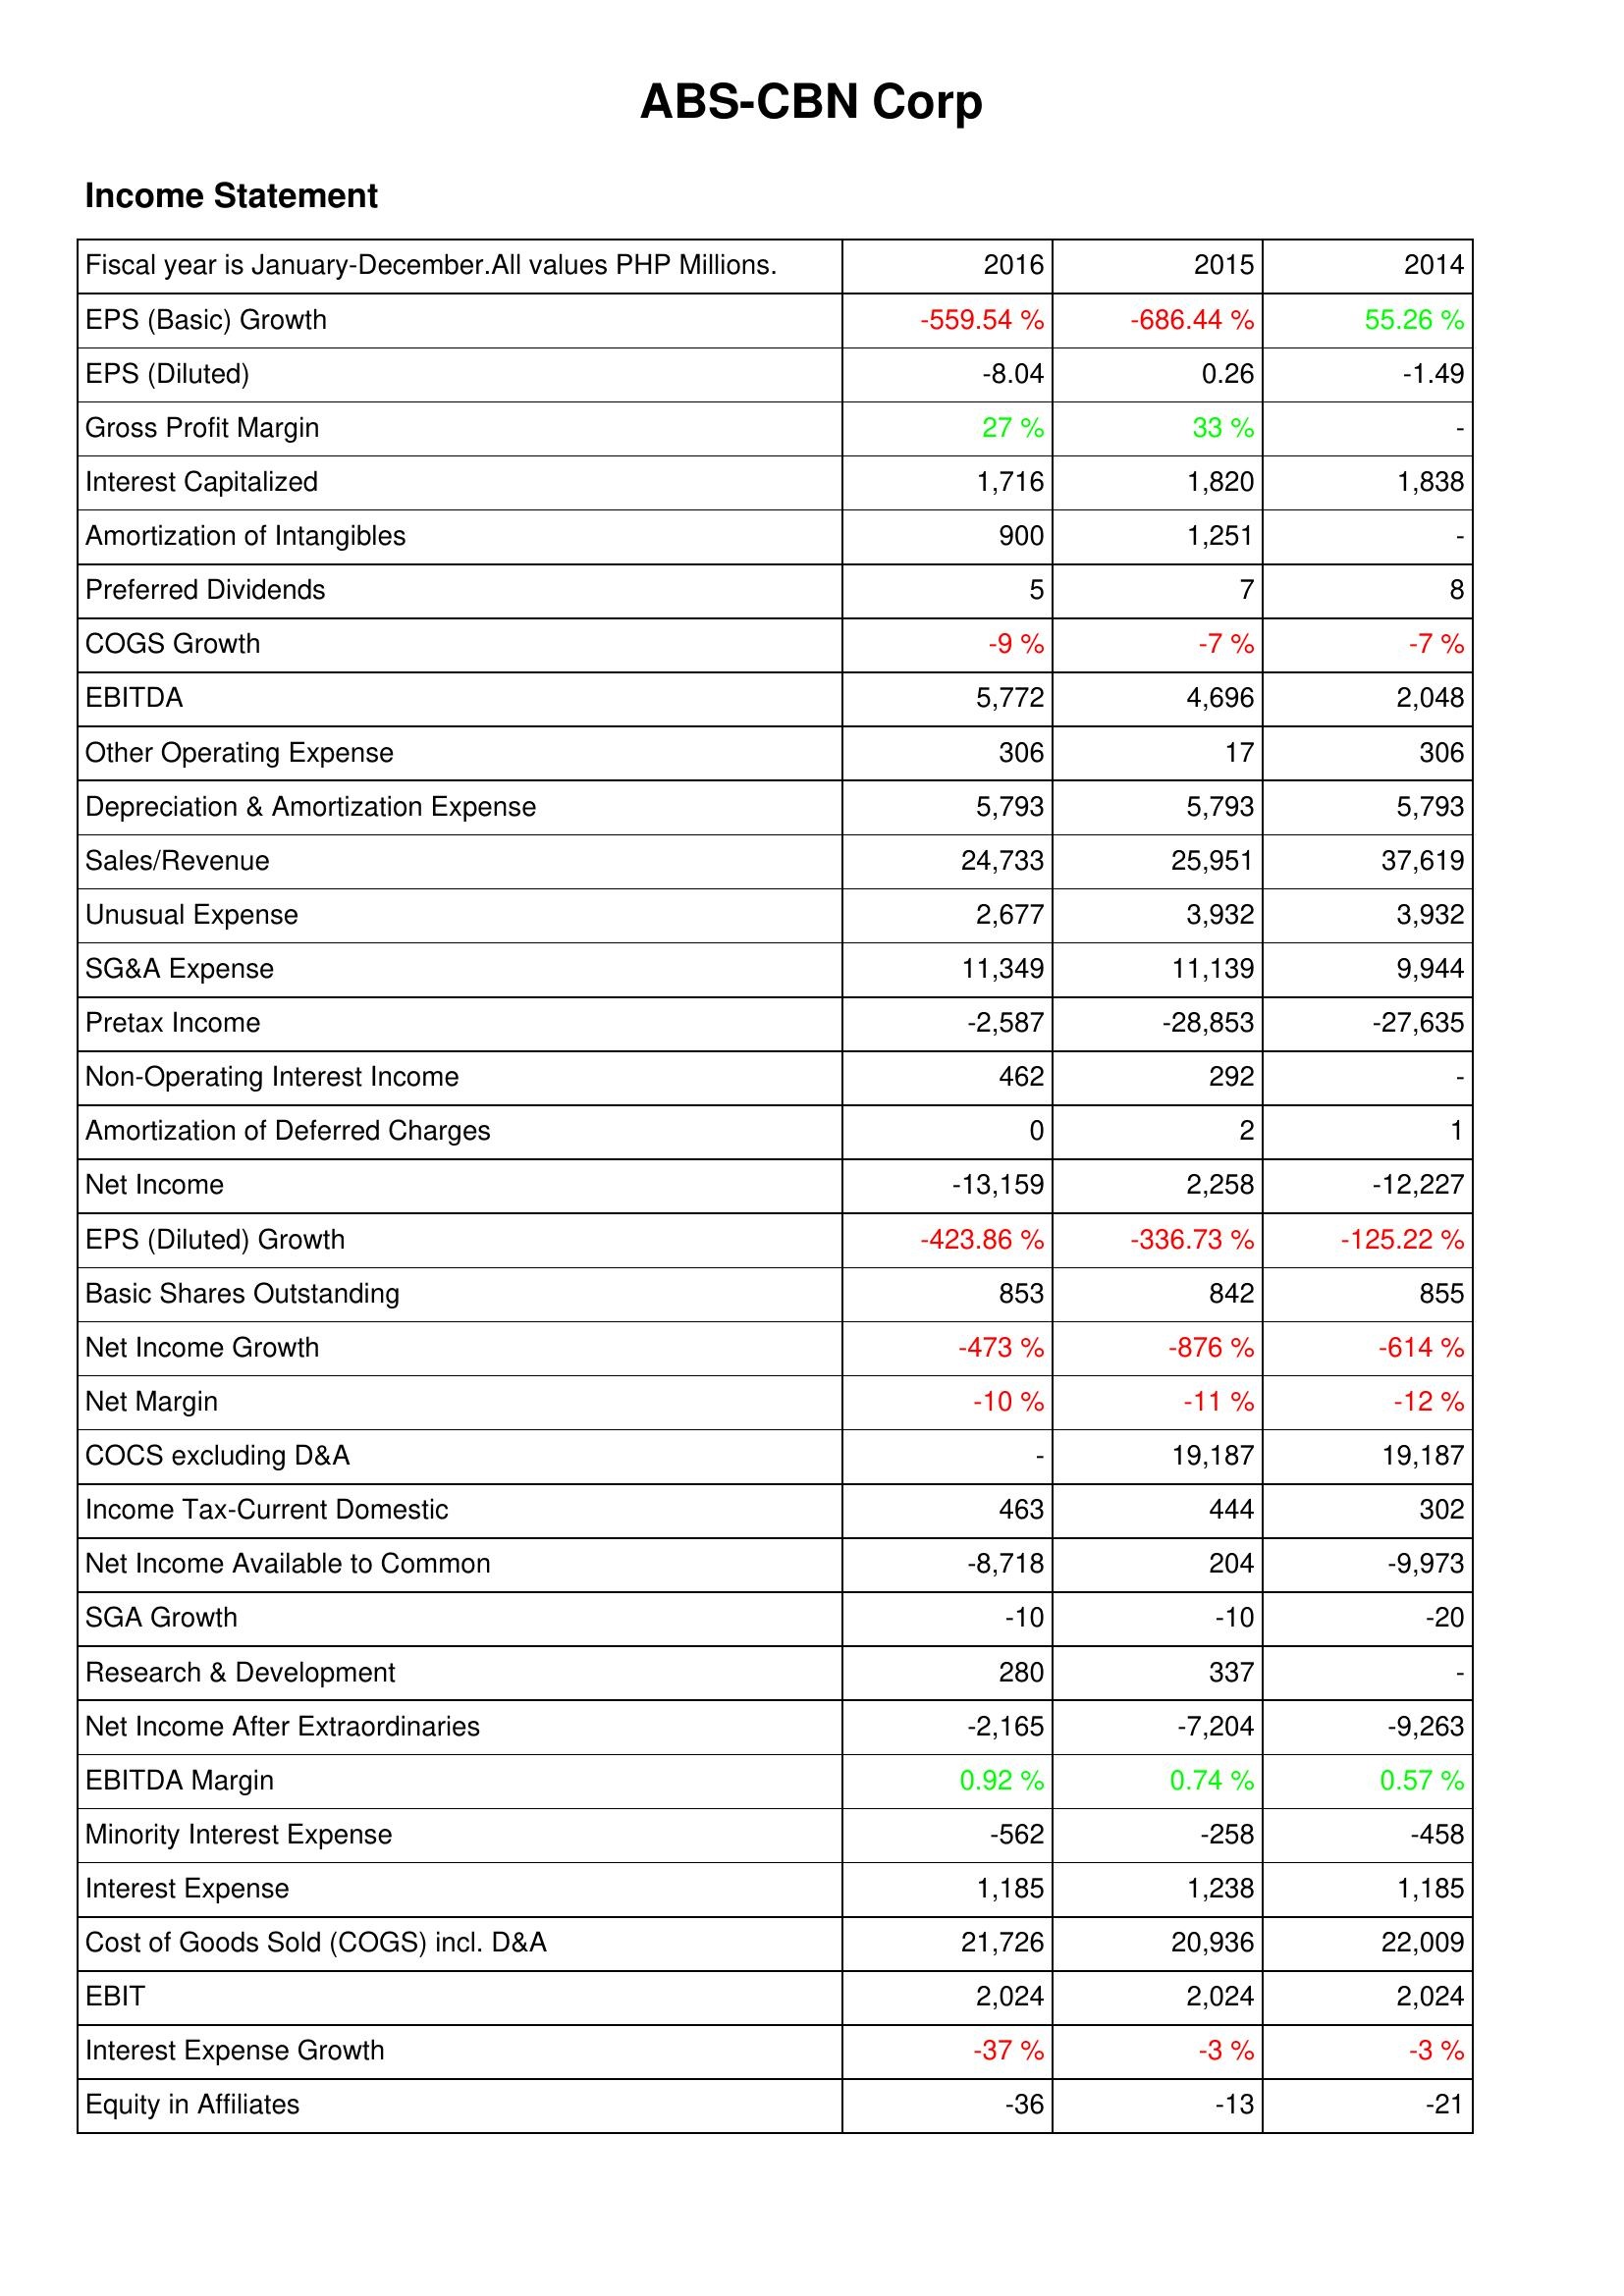
2016: Income Statement: EPS (Basic) Growth: -559.54 %
EPS (Diluted): -8.04
Gross Profit Margin: 27 %
Interest Capitalized: 1,716
Amortization of Intangibles: 900
Preferred Dividends: 5
COGS Growth: -9 %
EBITDA: 5,772
Other Operating Expense: 306
Depreciation & Amortization Expense: 5,793
Sales/Revenue: 24,733
Unusual Expense: 2,677
SG&A Expense: 11,349
Pretax Income: -2,587
Non-Operating Interest Income: 462
Amortization of Deferred Charges: 0
Net Income: -13,159
EPS (Diluted) Growth: -423.86 %
Basic Shares Outstanding: 853
Net Income Growth: -473 %
Net Margin: -10 %
COCS excluding D&A: -
Income Tax-Current Domestic: 463
Net Income Available to Common: -8,718
SGA Growth: -10
Research & Development: 280
Net Income After Extraordinaries: -2,165
EBITDA Margin: 0.92 %
Minority Interest Expense: -562
Interest Expense: 1,185
Cost of Goods Sold (COGS) incl. D&A: 21,726
EBIT: 2,024
Interest Expense Growth: -37 %
Equity in Affiliates: -36
2015: Income Statement: EPS (Basic) Growth: -686.44 %
EPS (Diluted): 0.26
Gross Profit Margin: 33 %
Interest Capitalized: 1,820
Amortization of Intangibles: 1,251
Preferred Dividends: 7
COGS Growth: -7 %
EBITDA: 4,696
Other Operating Expense: 17
Depreciation & Amortization Expense: 5,793
Sales/Revenue: 25,951
Unusual Expense: 3,932
SG&A Expense: 11,139
Pretax Income: -28,853
Non-Operating Interest Income: 292
Amortization of Deferred Charges: 2
Net Income: 2,258
EPS (Diluted) Growth: -336.73 %
Basic Shares Outstanding: 842
Net Income Growth: -876 %
Net Margin: -11 %
COCS excluding D&A: 19,187
Income Tax-Current Domestic: 444
Net Income Available to Common: 204
SGA Growth: -10
Research & Development: 337
Net Income After Extraordinaries: -7,204
EBITDA Margin: 0.74 %
Minority Interest Expense: -258
Interest Expense: 1,238
Cost of Goods Sold (COGS) incl. D&A: 20,936
EBIT: 2,024
Interest Expense Growth: -3 %
Equity in Affiliates: -13
2014: Income Statement: EPS (Basic) Growth: 55.26 %
EPS (Diluted): -1.49
Gross Profit Margin: -
Interest Capitalized: 1,838
Amortization of Intangibles: -
Preferred Dividends: 8
COGS Growth: -7 %
EBITDA: 2,048
Other Operating Expense: 306
Depreciation & Amortization Expense: 5,793
Sales/Revenue: 37,619
Unusual Expense: 3,932
SG&A Expense: 9,944
Pretax Income: -27,635
Non-Operating Interest Income: -
Amortization of Deferred Charges: 1
Net Income: -12,227
EPS (Diluted) Growth: -125.22 %
Basic Shares Outstanding: 855
Net Income Growth: -614 %
Net Margin: -12 %
COCS excluding D&A: 19,187
Income Tax-Current Domestic: 302
Net Income Available to Common: -9,973
SGA Growth: -20
Research & Development: -
Net Income After Extraordinaries: -9,263
EBITDA Margin: 0.57 %
Minority Interest Expense: -458
Interest Expense: 1,185
Cost of Goods Sold (COGS) incl. D&A: 22,009
EBIT: 2,024
Interest Expense Growth: -3 %
Equity in Affiliates: -21